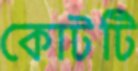
কোটটি